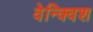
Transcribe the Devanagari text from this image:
वेन्क्विश